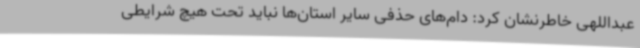
عبداللهی خاطرنشان کرد: دام‌های حذفی سایر استان‌ها نباید تحت هیچ شرایطی